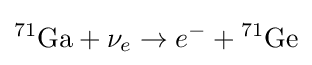
{}^{71}{\text{Ga}}+\nu _{e}\rightarrow e^{-}+{}^{71}{\text{Ge}}